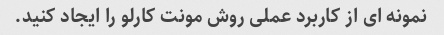
نمونه ای از کاربرد عملی روش مونت کارلو را ایجاد کنید.